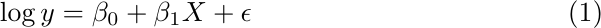
\begin{equation}
	\label{eq:ols_model_nointeractions}
	\log{y} = \beta_{0} + \beta_{1} X + \epsilon
\end{equation}